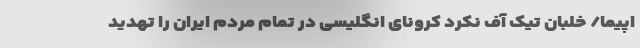
اپیما/ خلبان تیک آف نکرد کرونای انگلیسی در تمام مردم ایران را تهدید